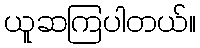
ယူဆကြပါတယ်။